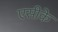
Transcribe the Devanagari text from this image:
एसीके